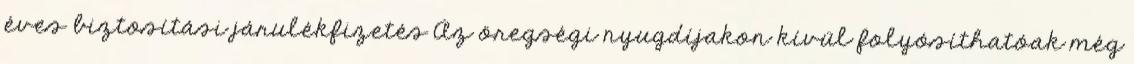
éves biztosítási járulékfizetés Az öregségi nyugdíjakon kívül folyósíthatóak még